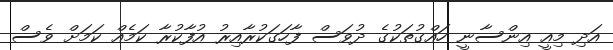
އަދި މިއީ އިންސާނީ ހައްގުތަކުގެ ދުވަސް ފާހަގަކުރާއިރު އުފާކުރާ ކަމެއް ކަމަށް ވެސް